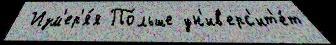
 Изм'ер'я́я По́льше ун'ив'ерс'ит'е́т